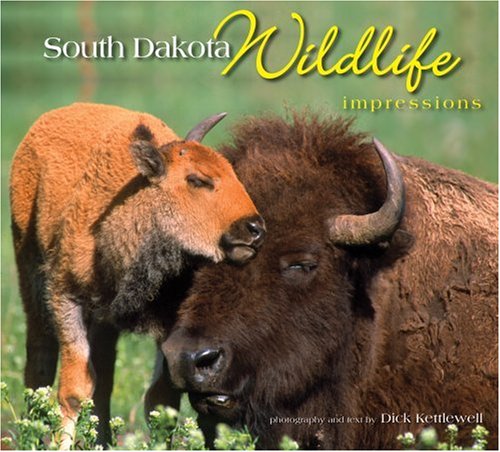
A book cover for South Dakota Wildlife Impressions; photography by Dick Kettlewell; Travel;